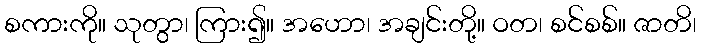
စကားကို။ သုတွာ၊ ကြား၍။ အဟော၊ အချင်းတို့။ ဝတ၊ စင်စစ်။ ဇာတိ၊